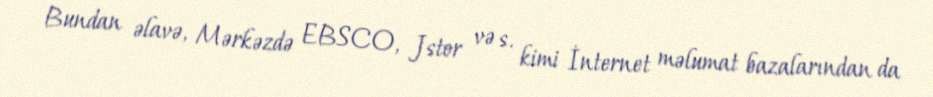
Bundan əlavə, Mərkəzdə EBSCO, Jstor və s. kimi İnternet məlumat bazalarından da